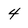
Character: 4